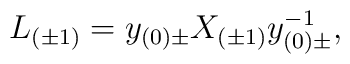
L_{(\pm 1)} = y_{(0)\pm} X_{(\pm 1)} y^{-1}_{(0)\pm},